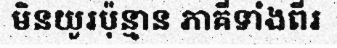
មិនយូរប៉ុន្មាន ភាគីទាំងពីរ